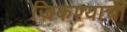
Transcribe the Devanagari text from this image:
जिकण्याची